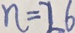
n = 2 6